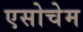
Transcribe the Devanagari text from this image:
एसोचेम